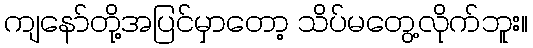
ကျနော်တို့အပြင်မှာတော့ သိပ်မတွေ့လိုက်ဘူး။